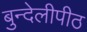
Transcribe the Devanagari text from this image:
बुन्देलीपीठ